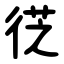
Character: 徔